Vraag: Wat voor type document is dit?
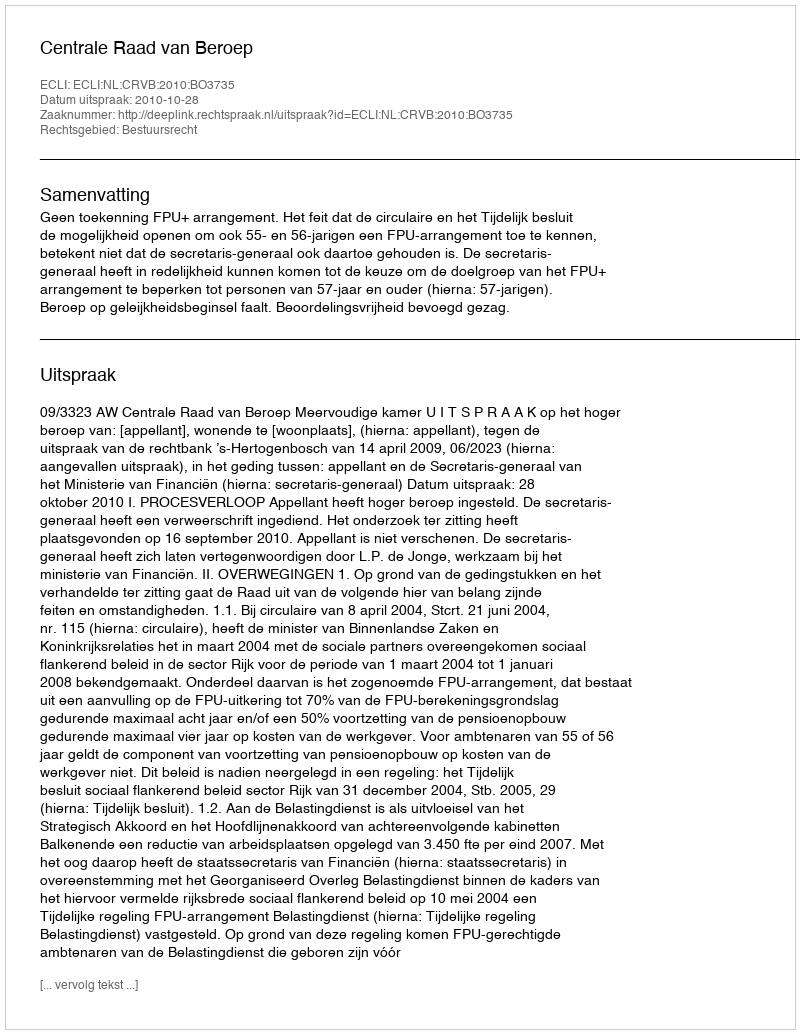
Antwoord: Uitspraak